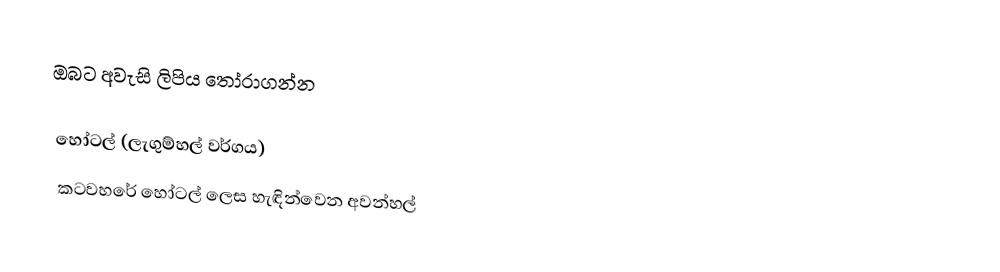
ඔබට අවැසි ලිපිය  තෝරාගන්න

 හෝටල් (ලැගුම්හල් වර්ගය)
 කටවහරේ හෝටල් ලෙස හැඳින්වෙන අවන්හල්